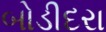
બોડીદરા